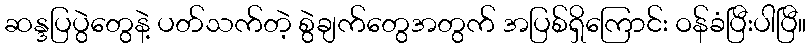
ဆန္ဒပြပွဲတွေနဲ့ ပတ်သက်တဲ့ စွဲချက်တွေအတွက် အပြစ်ရှိကြောင်း ဝန်ခံပြီးပါပြီ။